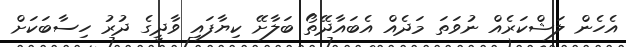
އެހެން ލަޝްކަރެއް ނުވަތަ މަދެއް އެބައާދޭތޯ ބަލާށޭ ކިޔާފައި ވާދީގެ ދުރު ހިސާބަކަށް